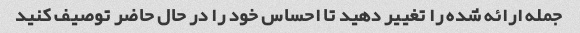
جمله ارائه شده را تغییر دهید تا احساس خود را در حال حاضر توصیف کنید